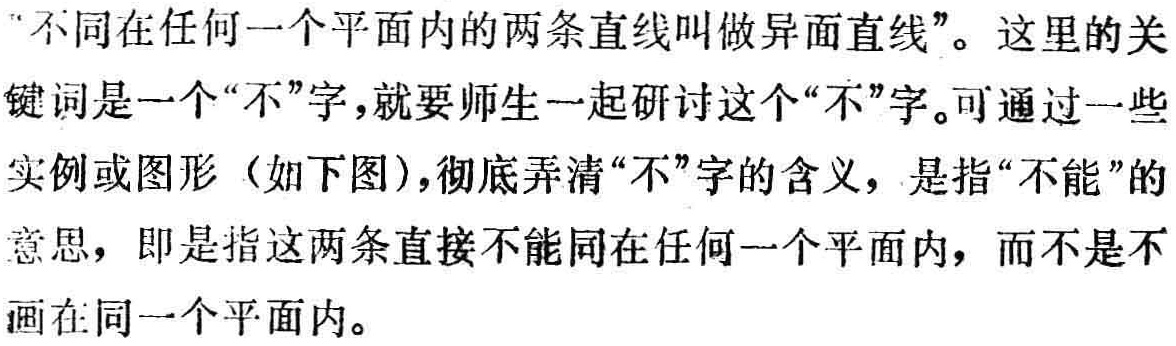
“不同在任何一个平面内的两条直线叫做异面直线”。这里的关键词是一个“不”字，就要师生一起研讨这个“不”字。可通过一些实例或图形（如下图），彻底弄清“不”字的含义，是指“不能”的意思，即是指这两条直接不能同在任何一个平面内，而不是不画在同一个平面内。